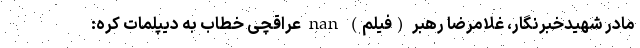
مادر شهیدخبرنگار، غلامرضا رهبر (فیلم) nan عراقچی خطاب به دیپلمات کره: